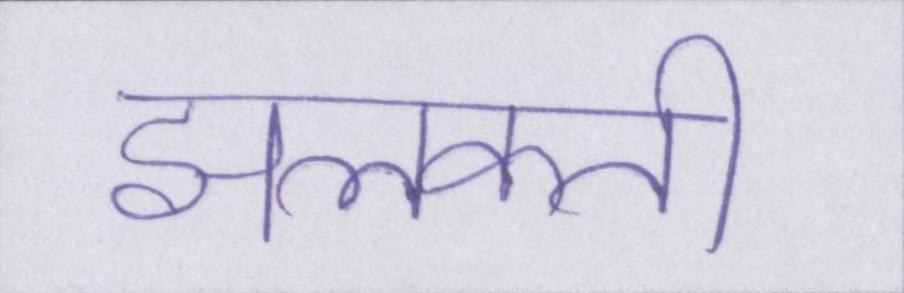
झलकती